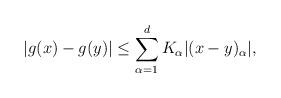
LaTeX: \begin{align*} |g(x)-g(y)|\leq \sum_{\alpha=1}^d K_\alpha |(x-y)_\alpha|, \end{align*}